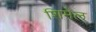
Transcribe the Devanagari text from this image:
शिमेल